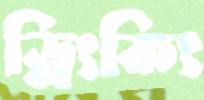
ড্রিংকিং